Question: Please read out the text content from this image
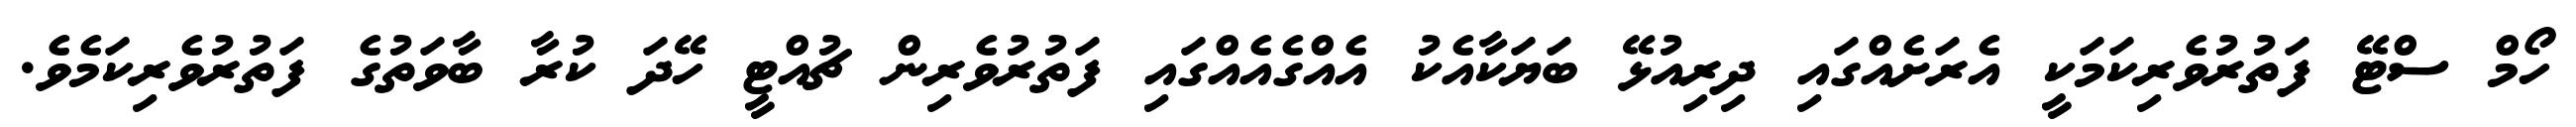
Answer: ހޯމް ސްޓޭ ފަތުރުވެރިކަމަކީ އެރަށެއްގައި ދިރިއުޅޭ ބަޔަކާއެކު އެއްގެއެއްގައި ފަތުރުވެރިން ޗުއްޓީ ހޭދަ ކުރާ ބާވަތުގެ ފަތުރުވެރިކަމެވެ.